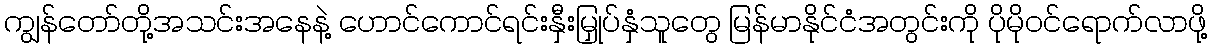
ကျွန်တော်တို့အသင်းအနေနဲ့ ဟောင်ကောင်ရင်းနှီးမြှုပ်နှံသူတွေ မြန်မာနိုင်ငံအတွင်းကို ပိုမိုဝင်ရောက်လာဖို့